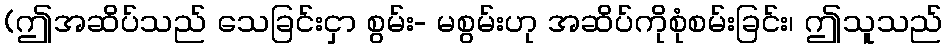
(ဤအဆိပ်သည် သေခြင်းငှာ စွမ်း- မစွမ်းဟု အဆိပ်ကိုစုံစမ်းခြင်း၊ ဤသူသည်